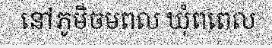
នៅភូមិចមពល ឃុំពពេល